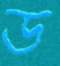
ড